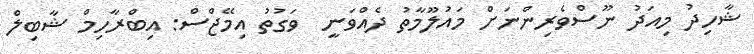
ޝާހިދު މިއަދު ނޫސްވެރިންނަށް މައުލޫމާތު ދެއްވަނީ  ވަގުތު އިމޭޖްސް: އިބްރާހިމް ޝާބިލް